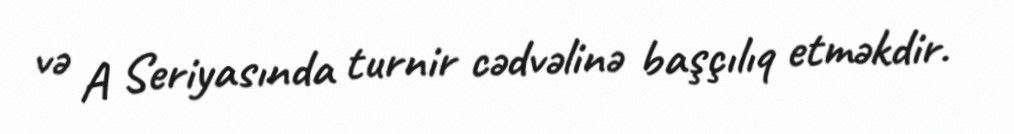
və A Seriyasında turnir cədvəlinə başçılıq etməkdir.